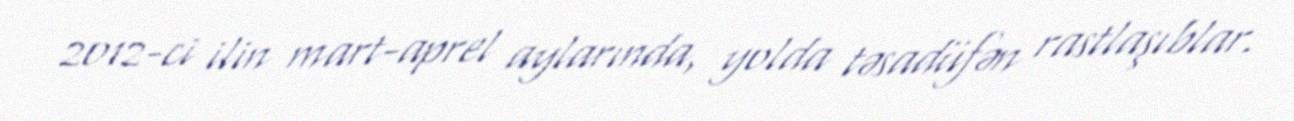
2012-ci ilin mart-aprel aylarında, yolda təsadüfən rastlaşıblar.